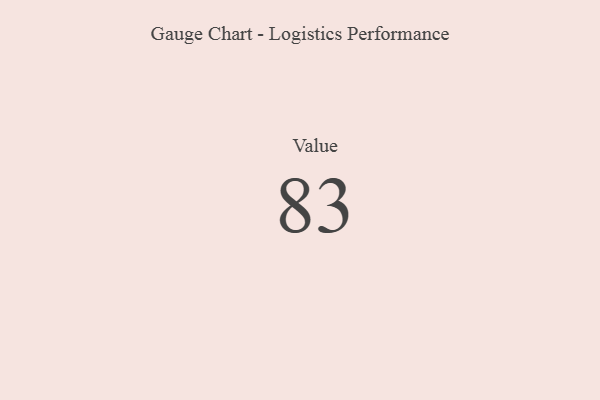
{"axis": {"x": "Metric", "y": "Value"}, "legend": [""], "data": [{"x": "Value", "y": 83, "type": ""}]}